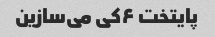
پایتخت ۶کی می‌سازین